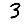
Digit: 3